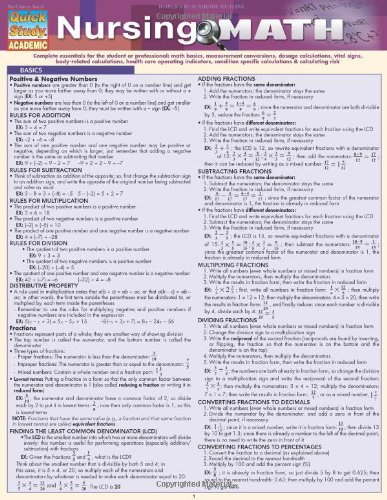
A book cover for Nursing Math (Quick Study: Academic); Inc. BarCharts; Medical Books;